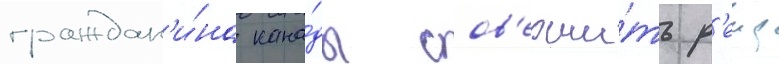
граждан'и́на кана́ды сов'ерши́ть р'еид